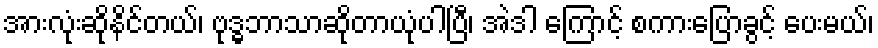
အားလုံးဆိုနိင်တယ်၊ ဗုဒ္ဓဘာသာဆိုတာယုံပါပြီ၊ အဲဒါ ကြောင့် စကားပြောခွင့် ပေးမယ်၊